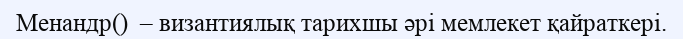
Менандр()  – византиялық тарихшы әрі мемлекет қайраткері.